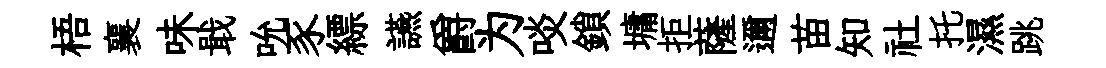
梧襄味戢吮豕縹讌爵为啖鎖墉拒薩邇苗知社托濕跳